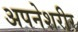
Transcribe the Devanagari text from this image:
अपनेशरीर